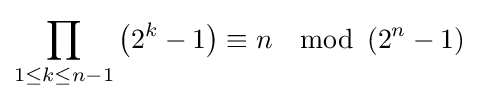
\prod _{1\leq k\leq n-1}\left(2^{k}-1\right)\equiv n\mod \left(2^{n}-1\right)